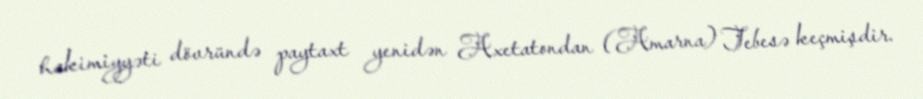
hakimiyyəti dövründə paytaxt yenidən Axetatondan (Amarna) Tebesə keçmişdir.